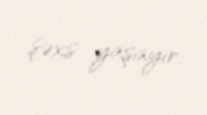
şəxs yaşayır.